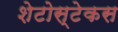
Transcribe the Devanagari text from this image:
शेटोस्टेकस